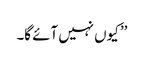
’’ کیوں نہیں آئے گا۔